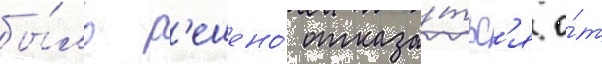
бы́ло р'ешено́ отказа́тьс'я о́т